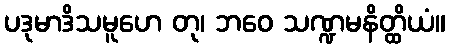
ပဒုမာဒိသမူဟေ တု၊ ဘဝေ သဏ္ဍမနိတ္ထိယံ။